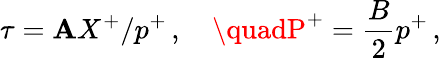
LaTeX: \tau=\mathbf{A}X^{+}/p^{+}\, ,\quad\quadP^{+}=\frac{{B}}{{2}}p^{+}\, ,